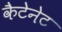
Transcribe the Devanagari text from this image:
कैटेनेट